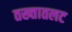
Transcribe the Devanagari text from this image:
तख्तातलट